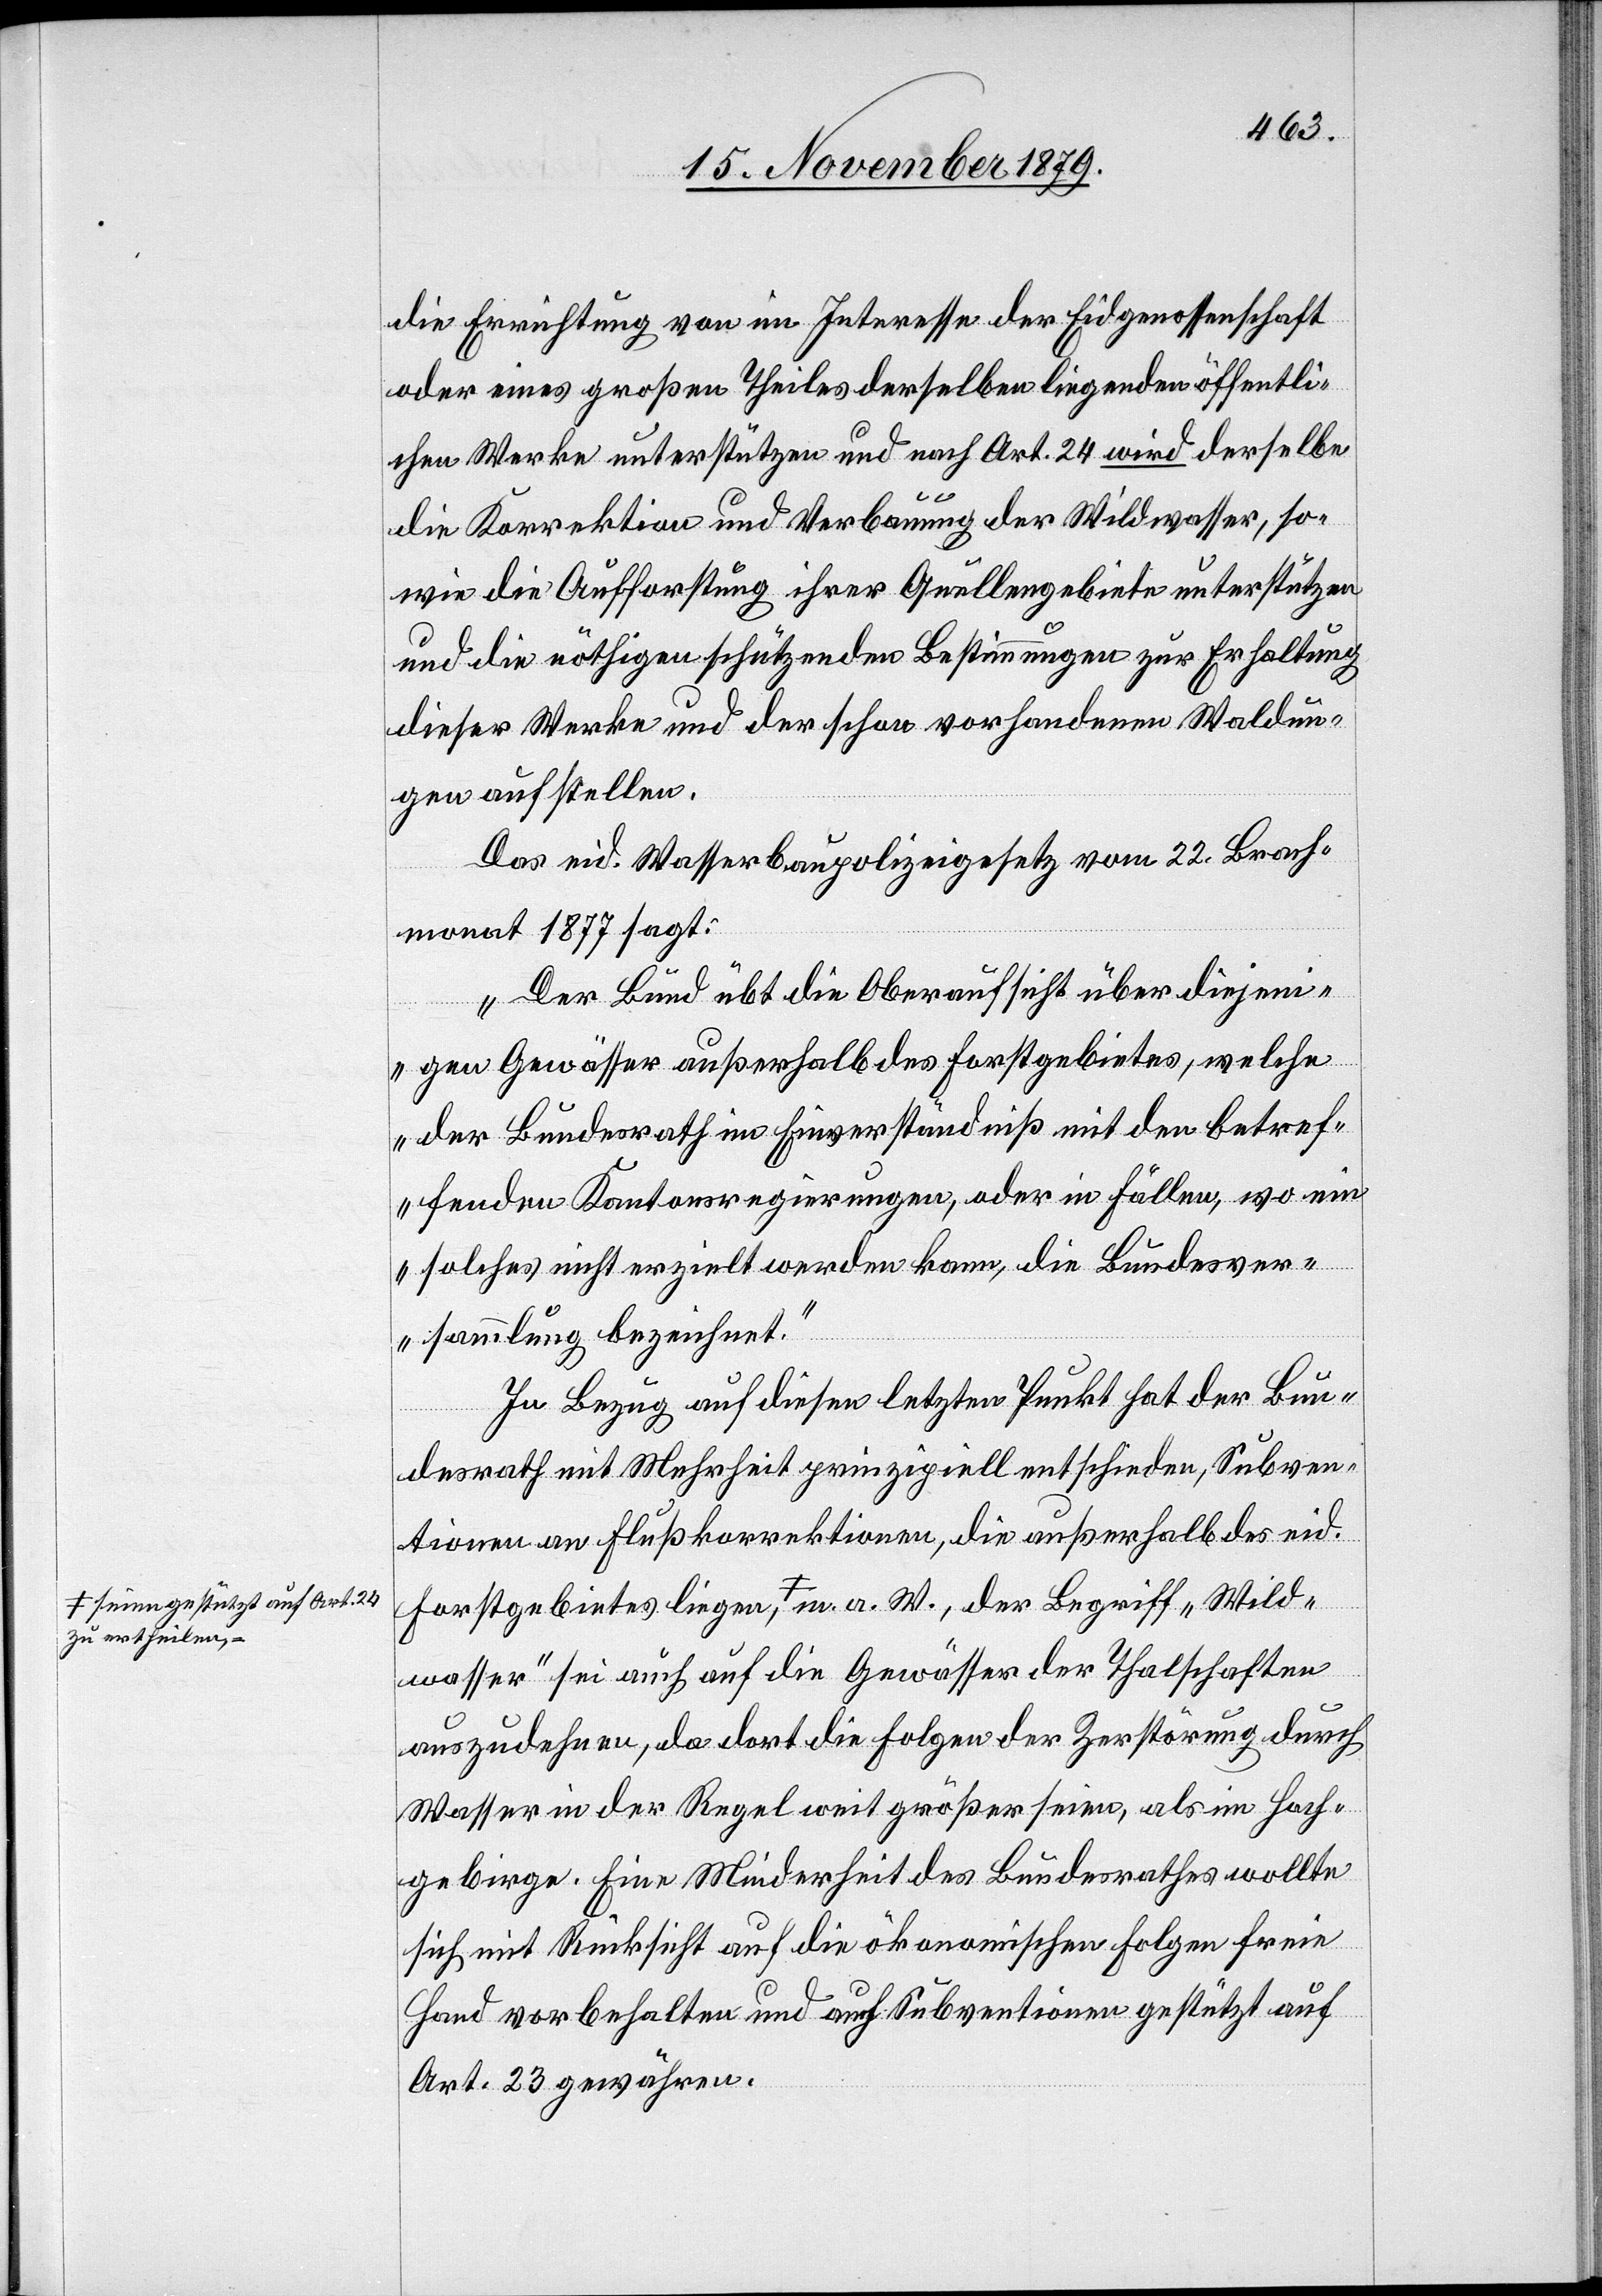
zu ertheilen

die Errichtung von im Interesse der Eidgenossenschaft
oder eines großen Theiles derselben liegenden öffentli¬
chen Marke unterstützen und nach Art. 24 wird derselbe
die Korrektion und Verbauung der Wildwasser, so¬
wie die Aufforstung ihrer Quellgebiete unterstützen
und die nöthigen schützenden Bestimmungen zur Erhaltung
dieser Marke und der schon vorhandenen Waldun¬
gen aufstellen.
Das eid. Wasserbaupolizeigesetz vom 22. Brach¬
monat 1877 sagt:
„Der Bund übt die Oberaufsicht über diejeni¬
gen Gewässer außerhalb des Forstgebietes, welche
der Bundesrath im Einverständniß mit den betref¬
fenden Kantonsregierungen, oder in Fällen, wo ein
solches nicht erzielt werden kann, die Bundesver¬
sammlung bezeichnet.“
In Bezug auf diesen letzten Punkt hat der Bun¬
desrath mit Mehrheit prinzipiell entschieden, Subven¬
tionen an Flußkorrektionen, die außerhalb des eid.
il¬
Forstgebietes liegen, a-seien gestützt auf A¬
dwasser“ sei auch auf die Gewässer der Thalschaften
auszudehnen da dort die Folgen der Zerstörung durch
Wasser in der Regel weit größer seien, als im Hoch¬
gebirge. Eine Minderheit des Bundesrathes wollte
sich mit Rücksicht auf die ökonomischen Folgen freie
Hand vorbehalten und auch Subventionen gestützt auf
Art. 23 gewähren.